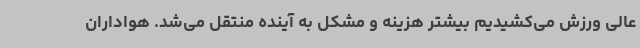
عالی ورزش می‌کشیدیم بیشتر هزینه و مشکل به آینده منتقل می‌شد. هواداران